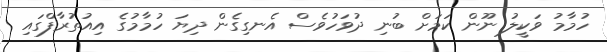
ހުމާމު ވަކީލު ނޫން ކަމަށް ބުނި ދުވަހުވެސް އެނގިގެން ދިޔަ ހުމާމުގެ އިއުތުރާފްގައި